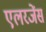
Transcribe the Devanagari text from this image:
एलरजेंस